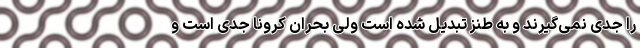
را جدی نمی‌گیرند و به طنز تبدیل شده است ولی بحران کرونا جدی است و